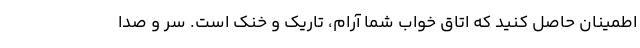
اطمینان حاصل کنید که اتاق خواب شما آرام، تاریک و خنک است. سر و صدا